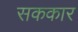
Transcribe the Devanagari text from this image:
सककार